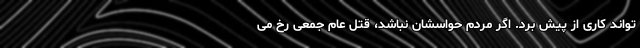
تواند کاری از پیش برد. اگر مردم حواسشان نباشد، قتل عام جمعی رخ می